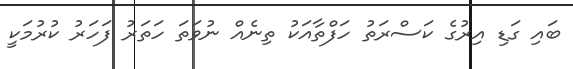
ބައި ގަޑި އިރުގެ ކަސްރަތު ހަފްތާއަކު ތިނެއް ނުވަތަ ހަތަރު ފަހަރު ކުރުމަކީ